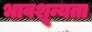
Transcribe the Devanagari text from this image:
भावशून्यता